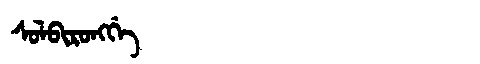
Manchu: ᠰᠣᠯᠪᡳᡵᠣᠩᡤᡝ
Romanization: SOLBIRONGGE